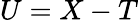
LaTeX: U=X-T